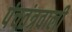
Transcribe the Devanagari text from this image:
पंचतंत्रवाली